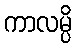
ကာလမ္ပိ